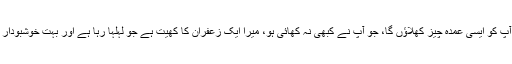
میں آپ کو ایسی عمدہ چیز کھلاؤں گا، جو آپ نے کبھی نہ کھائی ہو، میرا ایک زعفران کا کھیت ہے جو لہلہا رہا ہے اور بہت خوشبودار ہے۔